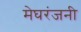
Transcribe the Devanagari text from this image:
मेघरंजनी